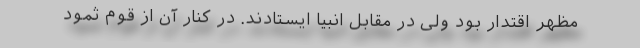
مظهر اقتدار بود ولی در مقابل انبیا ایستادند. در کنار آن از قوم ثمود